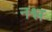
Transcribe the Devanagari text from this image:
नश्ल